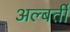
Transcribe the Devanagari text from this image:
अल्बर्ती